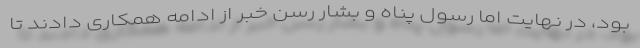
بود، در نهایت اما رسول پناه و بشار رسن خبر از ادامه همکاری دادند تا